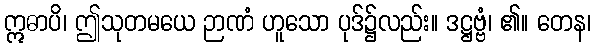
ဣဓာပိ၊ ဤသုတမယေ ဉာဏံ ဟူသော ပုဒ်၌လည်း။ ဒဋ္ဌဗ္ဗံ၊ ၏။ တေန၊